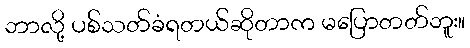
ဘာလို့ ပစ်သတ်ခံရတယ်ဆိုတာက မပြောတတ်ဘူး။